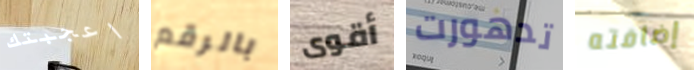
اعجبتك بالرقم أقوى تدهورت إضافته